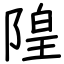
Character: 隍